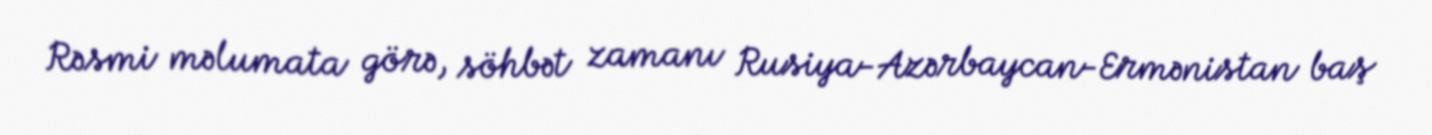
Rəsmi məlumata görə, söhbət zamanı Rusiya-Azərbaycan-Ermənistan baş